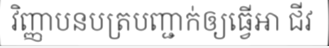
វិញ្ញាបនបត្របញ្ជាក់ឲ្យធ្វើអា ជីវ